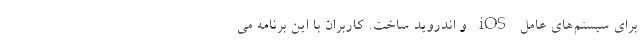
برای سیستم‌های عامل iOS و اندروید ساخت. کاربران با این برنامه می‌